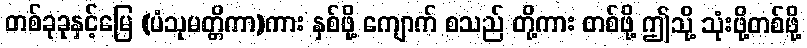
တစ်ခုခုနှင့်မြေ (ပံသုမတ္တိကာ)ကား နှစ်ဖို့ ကျောက် စသည် တို့ကား တစ်ဖို့ ဤသို့ သုံးဖို့တစ်ဖို့